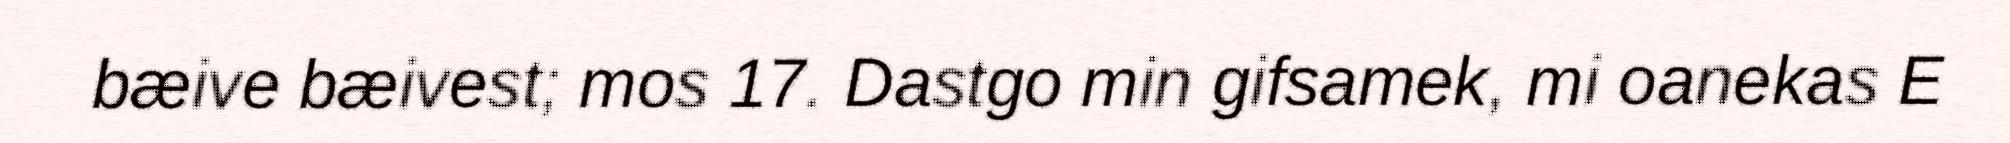
bæive bæivest; mos 17. Dastgo min gifsamek, mi oanekas E